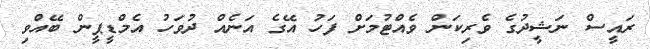
ރައީސް ނަޝީދުގެ ވެރިކަން ވެއްޓުމަށް ފަހު އޭގެ އަނެއް ދުވަހު އެމްޑީޕީން ބޭއްވި